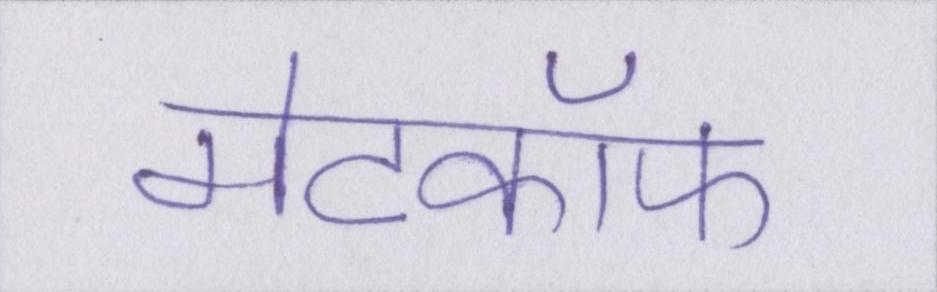
मेटकॉफ